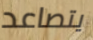
يتصاعد